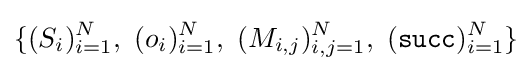
\{(S_{i})_{i=1}^{N},\ (o_{i})_{i=1}^{N},\ (M_{i,j})_{i,j=1}^{N},\ ({\mathtt {succ}})_{i=1}^{N}\}